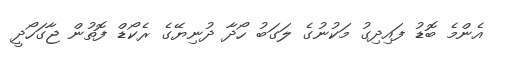
އެންމެ ބޮޑު ފައިދިގު މަކުނުގެ ލަގަބު ހޯދާ ދުނިޔޭގެ ރެކޯޑް ފޮތުން ޖާގަހޯދީ